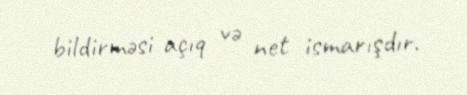
bildirməsi açıq və net ismarışdır.